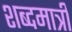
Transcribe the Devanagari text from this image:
शब्दमात्री